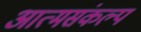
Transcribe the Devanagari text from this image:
आत्मसंकल्प